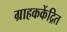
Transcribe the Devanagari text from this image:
ग्राहककेंद्रित